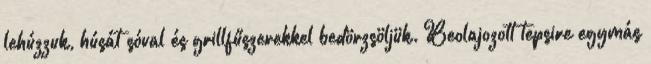
lehúzzuk, húsát sóval és grillfűszerekkel bedörzsöljük. Beolajozott tepsire egymás